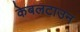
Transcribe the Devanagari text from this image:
केबलटाउन